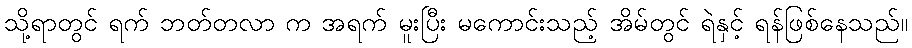
သို့ရာတွင် ရက် ဘတ်တလာ က အရက် မူးပြီး မကောင်းသည့် အိမ်တွင် ရဲနှင့် ရန်ဖြစ်နေသည်။